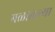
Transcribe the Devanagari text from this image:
गळातल्या